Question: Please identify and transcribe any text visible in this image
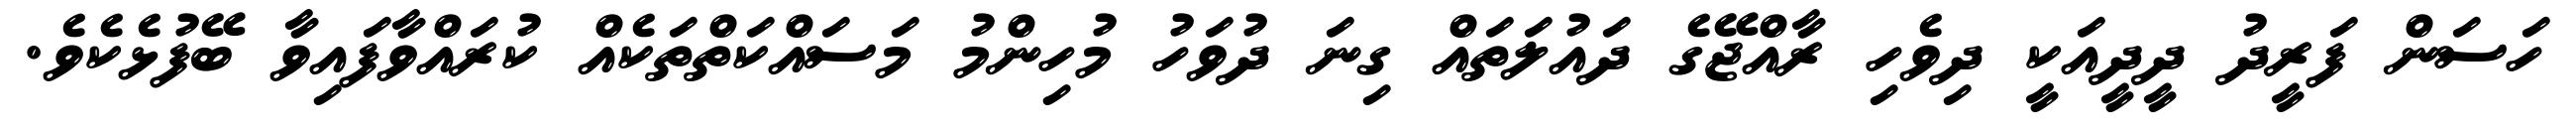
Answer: ހަސަން ފަރީދު ދީދީއަކީ ދިވެހި ރާއްޖޭގެ ދައުލަތައް ގިނަ ދުވަހު މުހިންމު މަސައްކަތްތަކެއް ކުރައްވާފައިވާ ބޭފުޅެކެވެ.